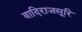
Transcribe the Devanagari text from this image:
वादिराजसूरि